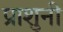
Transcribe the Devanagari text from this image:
प्राशुनी